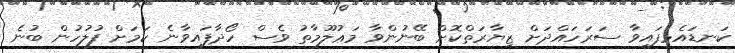
ކަނޑައެޅިފައިވާ ސަރަހައްދަށް ޒިޔާރަތްކޮށް ބޭނުންވާ މަޢުލޫމާތު ވެސް ހޯދާފައިވާނެ ކަމަށް ފުލުހުން ބުނެ